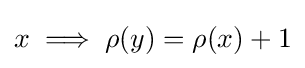
x\implies \rho (y)=\rho (x)+1